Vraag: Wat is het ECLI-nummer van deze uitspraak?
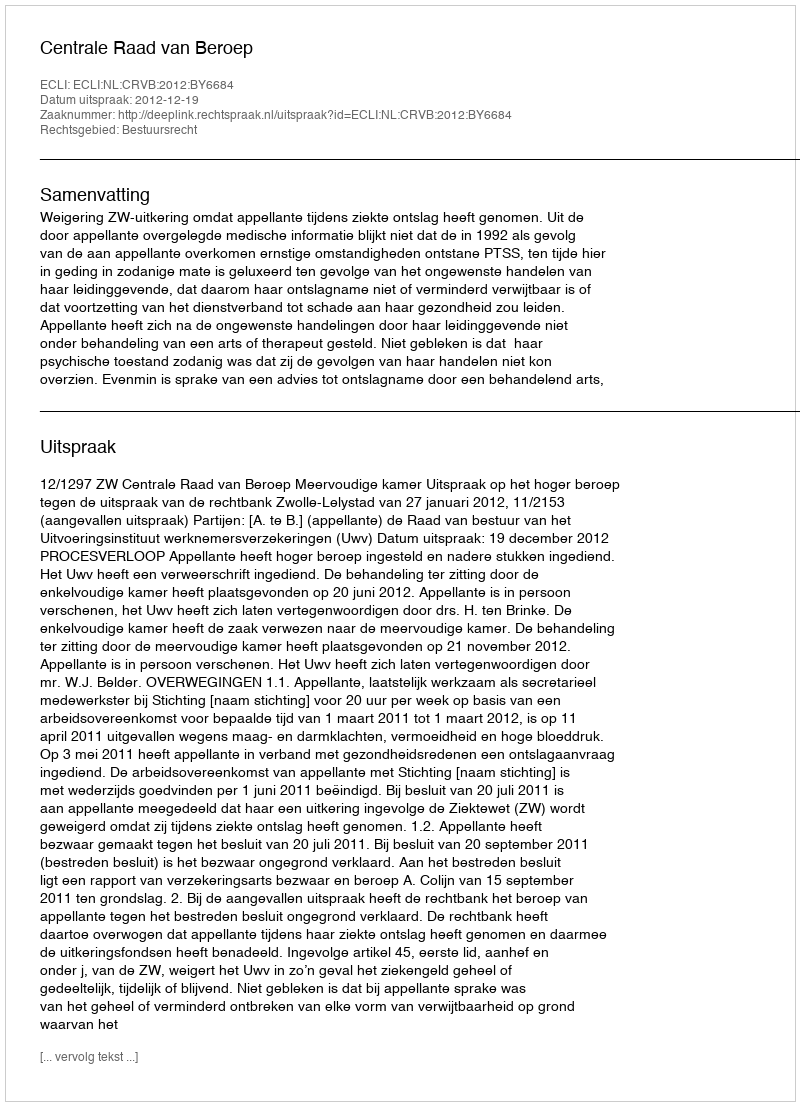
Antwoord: ECLI:NL:CRVB:2012:BY6684